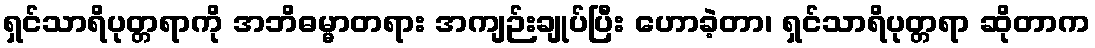
ရှင်သာရိပုတ္တရာကို အဘိဓမ္မာတရား အကျဉ်းချုပ်ပြီး ဟောခဲ့တာ၊ ရှင်သာရိပုတ္တရာ ဆိုတာက